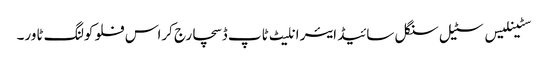
سٹینلیس سٹیل سنگل سائیڈ ایئر انلیٹ ٹاپ ڈسچارج کراس فلو کولنگ ٹاور۔